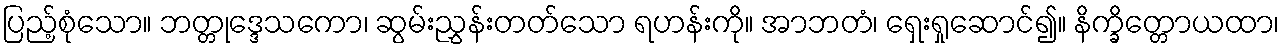
ပြည့်စုံသော။ ဘတ္တုဒ္ဒေသကော၊ ဆွမ်းညွှန်းတတ်သော ရဟန်းကို။ အာဘတံ၊ ရှေးရှုဆောင်၍။ နိက္ခိတ္တောယထာ၊